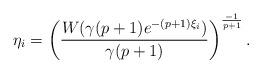
LaTeX: \begin{align*}\eta_i=\left(\frac{W(\gamma(p+1)e^{-(p+1)\xi_i})}{\gamma(p+1)}\right)^{\frac{-1}{p+1}}.\end{align*}